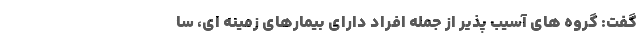
گفت: گروه های آسیب پذیر از جمله افراد دارای بیمارهای زمینه ای، سا